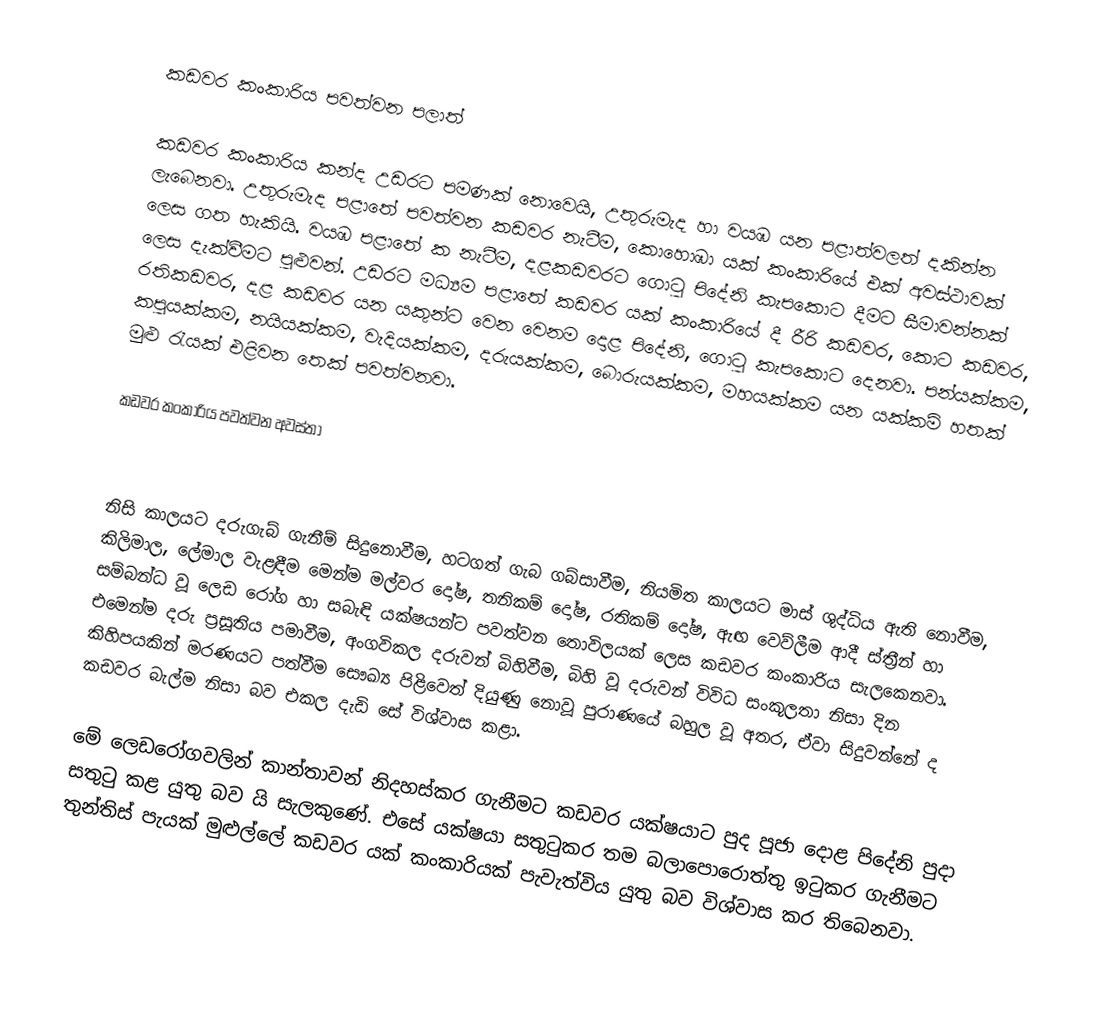
කඩවර කංකාරිය පවත්වන පලාත්

කඩවර  කංකාරිය කන්ද උඩරට පමණක් නොවෙයි, උතුරුමැද හා වයඹ යන පළාත්වලත් දකින්න ලැබෙනවා. උතුරුමැද පළාතේ පවත්වන කඩවර නැටීම, කොහොඹා යක්‌ කංකාරියේ එක් අවස්ථාවක් ලෙස ගත හැකියි. වයඹ පළාතේ ක නැටීම, දළකඩවරට ගොටු පිදේනි කැපකොට දීමට සීමාවන්නක් ලෙස දැක්වීමට පුළුවන්. උඩරට මධ්‍යම පළාතේ කඩවර යක්‌ කංකාරියේ දී රීරි කඩවර, කොට කඩවර, රතිකඩවර, දළ කඩවර යන යකුන්ට වෙන වෙනම දොළ පිදේනි, ගොටු කැපකොට දෙනවා. පන්යක්‌කම, කපුයක්‌කම, නයියක්‌කම, වැදියක්‌කම, දරුයක්‌කම, බොරුයක්‌කම, මහයක්‌කම යන යක්‌කම් හතක් මුළු රැයක් එළිවන තෙක් පවත්වනවා.

කඩවර කංකාරිය පවත්වන අවස්තා

නිසි කාලයට දරුගැබ් ගැනීම් සිදුනොවීම, හටගත් ගැබ ගබ්සාවීම, නියමිත කාලයට මාස්‌ ශුද්ධිය ඇති නොවීම, කිලිමාල, ලේමාල වැළඳීම මෙන්ම මල්වර දෝෂ, තනිකම් දෝෂ, රතිකම් දෝෂ, ඇඟ වෙව්ලීම ආදී ස්‌ත්‍රීන් හා සම්බන්ධ වූ ලෙඩ රෝග හා සබැඳි යක්ෂයන්ට පවත්වන තොවිලයක් ලෙස කඩවර කංකාරිය සැලකෙනවා. එමෙන්ම දරු ප්‍රසූතිය පමාවීම, අංගවිකල දරුවන් බිහිවීම, බිහි වූ දරුවන් විවිධ සංකූලතා නිසා දින කිහිපයකින් මරණයට පත්වීම සෞඛ්‍ය පිළිවෙත් දියුණු නොවූ පුරාණයේ බහුල වූ අතර, ඒවා සිදුවන්නේ ද කඩවර බැල්ම නිසා බව එකල දැඩි සේ විශ්වාස කළා.

මේ ලෙඩරෝගවලින් කාන්තාවන් නිදහස්‌කර ගැනීමට කඩවර යක්ෂයාට පුද පූජා දොළ පිදේනි පුදා සතුටු කළ යුතු බව යි සැලකුණේ. එසේ යක්ෂයා සතුටුකර තම බලාපොරොත්තු ඉටුකර ගැනීමට තුන්තිස්‌ පැයක්  මුළුල්ලේ කඩවර යක්‌ කංකාරියක්‌ පැවැත්විය යුතු බව විශ්වාස කර තිබෙනවා.